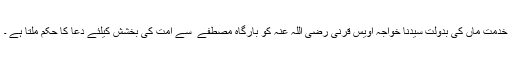
خدمت ماں کی بدولت سیدنا خواجہ اویس قرنی رضی اللہ عنہ کو بارگاہِ مصطفےٰ ۖ سے امت کی بخشش کیلئے دعا کا حکم ملتا ہے ۔